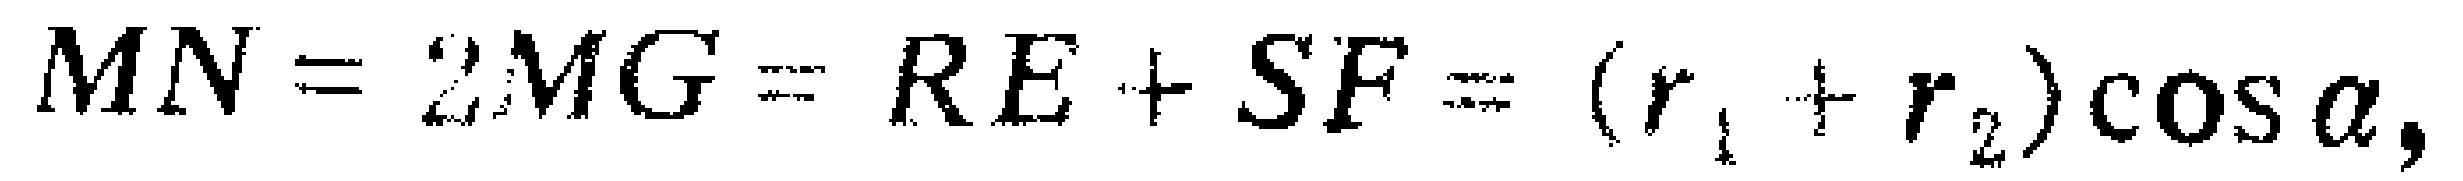
\(MN = 2MG = RE + SF = (r_{1}+r_{2})\cos\alpha,\)